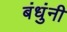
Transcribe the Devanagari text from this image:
बंधुंनी